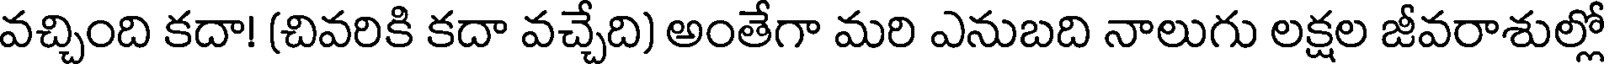
వచ్చింది కదా! (చివరికి కదా వచ్చేది) అంతేగా మరి ఎనుబది నాలుగు లక్షల జీవరాశుల్లో